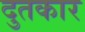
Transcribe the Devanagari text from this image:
दुतकार